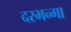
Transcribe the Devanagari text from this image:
दरभन्गा